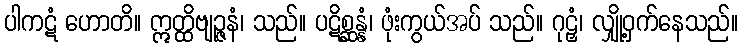
ပါကဋံ ဟောတိ။ ဣတ္ထိဗျဉ္ဇနံ၊ သည်။ ပဋိစ္ဆန္နံ၊ ဖုံးကွယ်အပ် သည်။ ဂုဠှံ၊ လျှို့ဝှက်နေသည်။